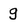
Character: g